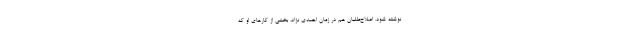
نوشته شود. اصلاح‌طلبان هم در زمان احمدی نژاد، بخشی از کارهای او که